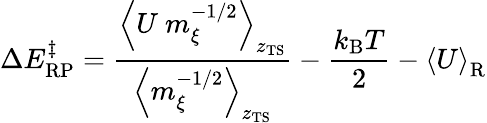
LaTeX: \Delta E_{\mathrm{RP}}^{\ddagger}=\frac{\left<U\ m_{\xi}^{-1/2}\right>_{z_{\mathrm{TS}}}}{\left<m_{\xi}^{-1/2}\right>_{z_{\mathrm{TS}}}}-\frac{k_{\mathrm{B}}T}{2}-\left<U\right>_{\mathrm{R}}